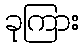
ခုကြား